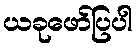
ယခုဖော်ပြပါ